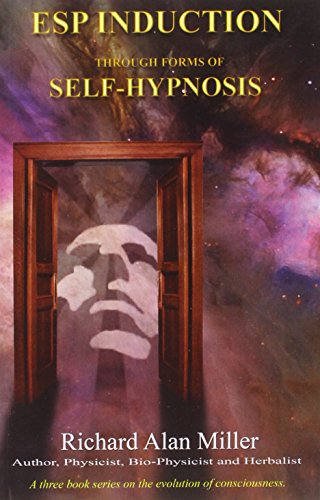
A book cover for ESP Induction Through Forms of Self-Hypnosis; Richard Alan Miller; Self-Help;